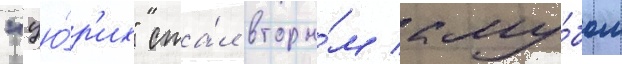
"цю́р'их" ста́л вторы́м клу́бом